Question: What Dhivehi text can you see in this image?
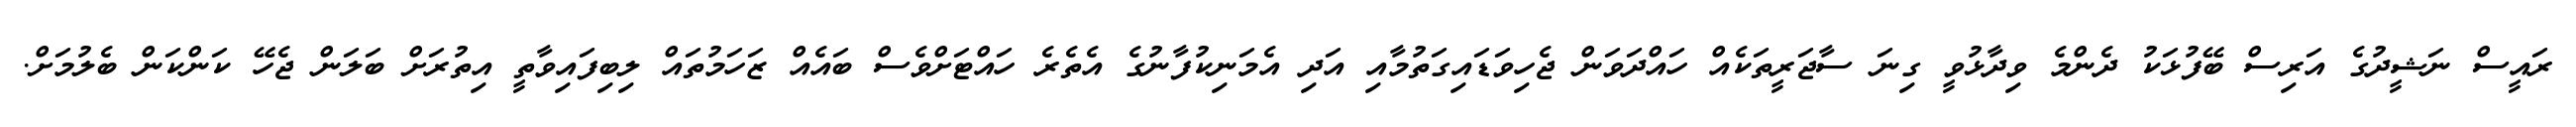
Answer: ރައީސް ނަޝީދުގެ އަރިސް ބޭފުޅަކު ދެންމެ ވިދާޅުވީ ގިނަ ސާޖަރީތަކެއް ހައްދަވަން ޖެހިވަޑައިގަތުމާއި އަދި އެމަނިކުފާނުގެ އެތެރެ ހައްޓަށްވެސް ބައެއް ޒަހަމުތައް ލިބިފައިވާތީ އިތުރަށް ބަލަން ޖެހޭ ކަންކަން ބެލުމަށް.